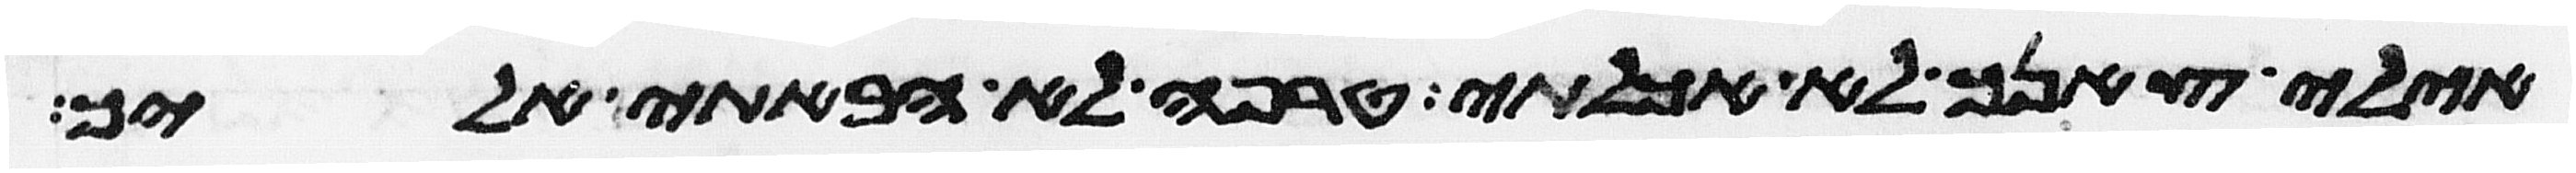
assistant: אילי צאנך לא אכלתי טרפה לא הבאתי אליך